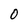
Character: 0